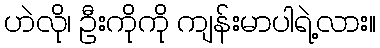
ဟဲလို၊ ဦးကိုကို ကျန်းမာပါရဲ့လား။